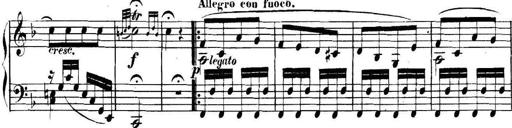
Title: Collected Piano Sonatas
Composer: Muzio Clementi